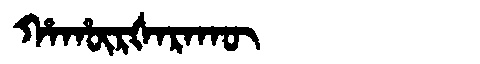
Manchu: ᡥᠠᡥᡡᡵᡧᠠᡵᠠᡴᡡ
Romanization: HAHŪRŠARAKŪ